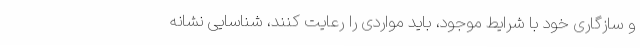
و سازگاری خود با شرایط موجود، باید مواردی را رعایت کنند، شناسایی نشانه